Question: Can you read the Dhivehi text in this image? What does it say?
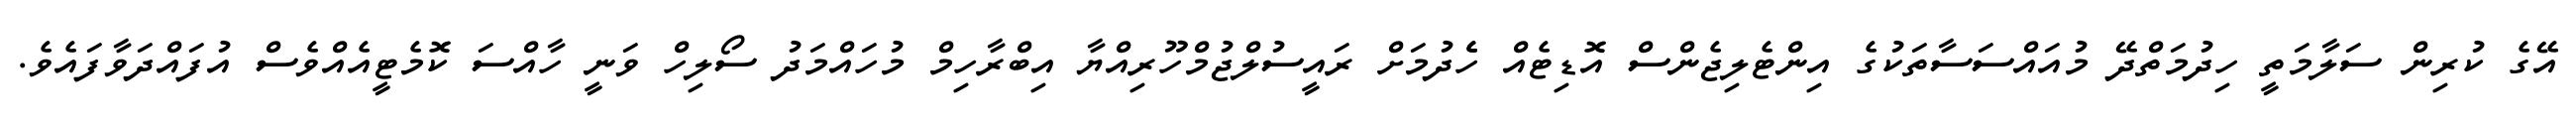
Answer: އޭގެ ކުރިން ސަލާމަތީ ހިދުމަތްދޭ މުއައްސަސާތަކުގެ އިންޓެލިޖެންސް އޮޑިޓެއް ހެެދުމަށް ރައީސުލްޖުމްހޫރިއްޔާ އިބްރާހިމް މުހައްމަދު ސޯލިހް ވަނީ ހާއްސަ ކޮމެޓީއެއްވެސް އުފައްދަވާފައެވެ.